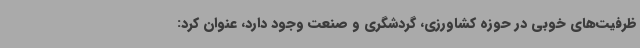
ظرفیت‌های خوبی در حوزه کشاورزی، گردشگری و صنعت وجود دارد، عنوان کرد: